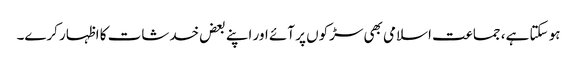
ہو سکتا ہے، جماعت اسلامی بھی سڑکوں پر آئے اور اپنے بعض خدشات کا اظہار کرے۔